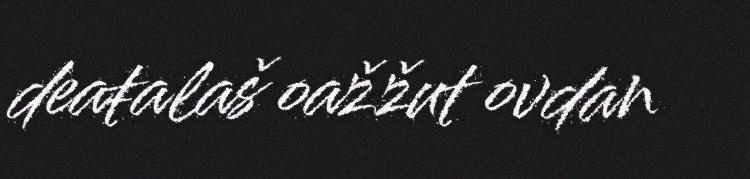
deaŧalaš oažžut ovdan